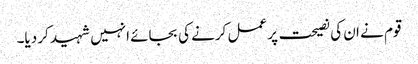
قوم نے ان کی نصیحت پر عمل کرنے کی بجائے انہیں شہید کر دیا۔